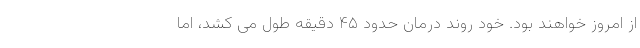
از امروز خواهند بود. خود روند درمان حدود ۴۵ دقیقه طول می کشد، اما